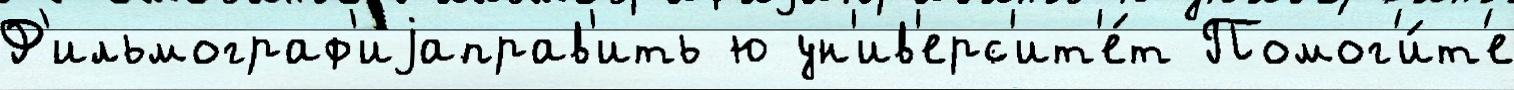
Ф'ильмограф'иjаправ'ить ю ун'ив'ерс'ит'е́т Помог'и́т'е